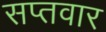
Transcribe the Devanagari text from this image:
सप्तवार